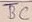
Text: BC